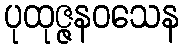
ပုထုဇ္ဇနဝသေန